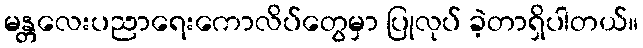
မန္တလေးပညာရေးကောလိပ်တွေမှာ ပြုလုပ် ခဲ့တာရှိပါတယ်။